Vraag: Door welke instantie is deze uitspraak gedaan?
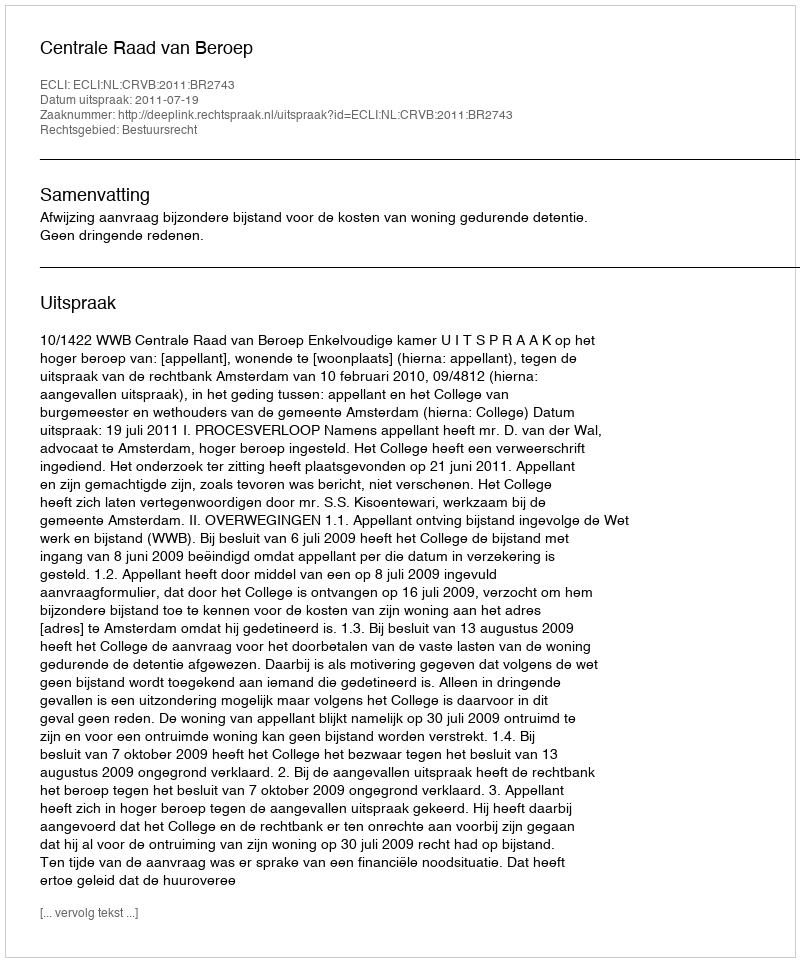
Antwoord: Centrale Raad van Beroep